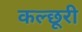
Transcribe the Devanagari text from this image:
कल्छूरी